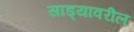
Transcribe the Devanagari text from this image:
साड्यावरील